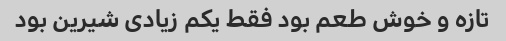
تازه و خوش طعم بود فقط یکم زیادی شیرین بود